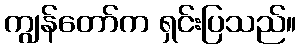
ကျွန်တော်က ရှင်းပြသည်။